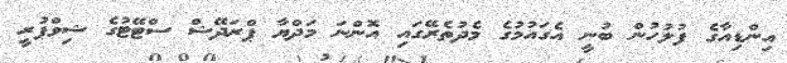
އިންޑިއާގެ ފުލުހުން ބުނީ އެގައުމުގެ މެދުތެރޭގައި އޮންނަ މަދްޔާ ޕްރަދޭޝް ސްޓޭޓުގެ ޝިވްޕުރީ